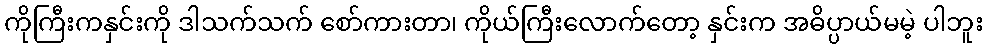
ကိုကြီးကနှင်းကို ဒါသက်သက် စော်ကားတာ၊ ကိုယ်ကြီးလောက်တော့ နှင်းက အဓိပ္ပာယ်မမဲ့ ပါဘူး